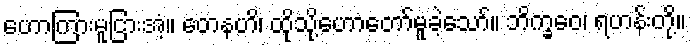
ဟောကြားမူငြားအံ့။ တေနဟိ၊ ထိုသို့ဟောတော်မူခဲ့သော်။ ဘိက္ခဝေ၊ ရဟန်းတို့။